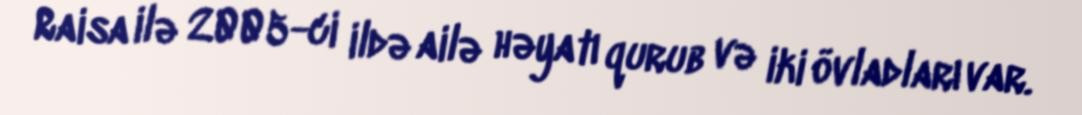
Raisa ilə 2005-ci ildə ailə həyatı qurub və iki övladları var.